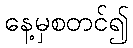
နေ့မှစတင်၍